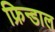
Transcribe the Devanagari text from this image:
फ्रिन्डाल